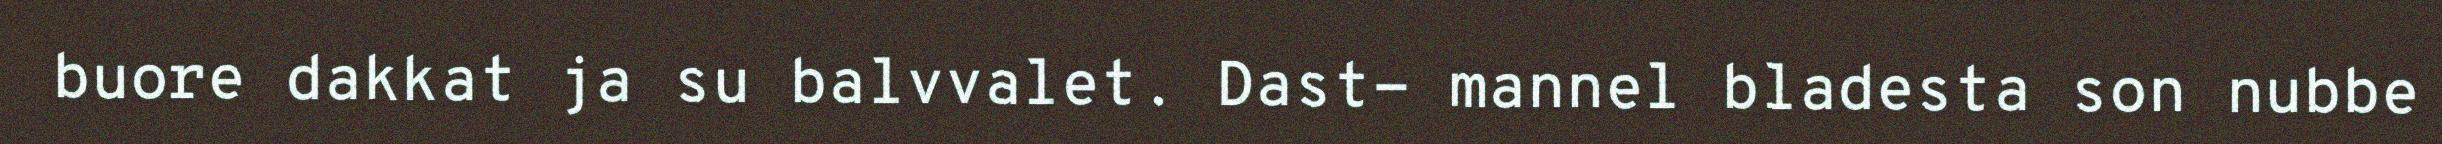
buore dakkat ja su balvvalet. Dast- mannel bladesta son nubbe